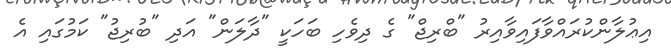
އިޢުލާންކުރައްވާފައިވާއިރު "ބްރިޖް" ގެ ދިވެހި ބަހަކީ "ދާލަން" އަދި "ބުރިޖު" ކަމުގައި އެ